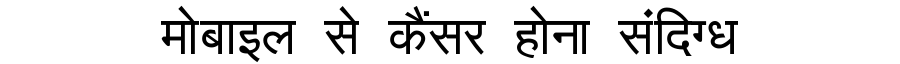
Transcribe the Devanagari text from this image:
मोबाइल से कैंसर होना संदिग्ध